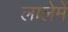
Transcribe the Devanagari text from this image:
लालेमें